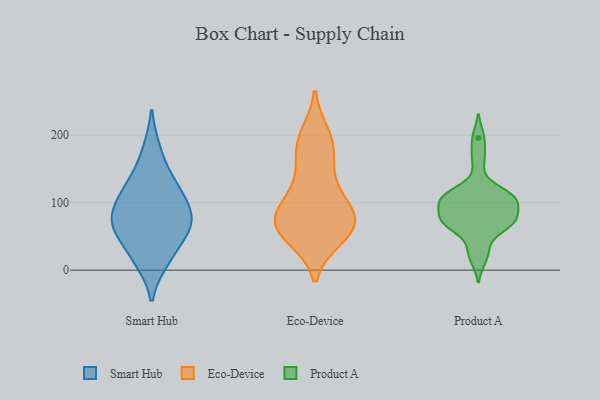
{"axis": {"x": "Production Output", "y": "Value"}, "legend": ["Eco-Device", "Product A", "Smart Hub"], "data": [{"x": "", "y": 56, "type": "Smart Hub"}, {"x": "", "y": 133, "type": "Smart Hub"}, {"x": "", "y": 87, "type": "Smart Hub"}, {"x": "", "y": 62, "type": "Smart Hub"}, {"x": "", "y": 96, "type": "Smart Hub"}, {"x": "", "y": 53, "type": "Smart Hub"}, {"x": "", "y": 12, "type": "Smart Hub"}, {"x": "", "y": 87, "type": "Smart Hub"}, {"x": "", "y": 134, "type": "Smart Hub"}, {"x": "", "y": 64, "type": "Smart Hub"}, {"x": "", "y": 16, "type": "Smart Hub"}, {"x": "", "y": 110, "type": "Smart Hub"}, {"x": "", "y": 180, "type": "Smart Hub"}, {"x": "", "y": 49, "type": "Eco-Device"}, {"x": "", "y": 76, "type": "Eco-Device"}, {"x": "", "y": 79, "type": "Eco-Device"}, {"x": "", "y": 96, "type": "Eco-Device"}, {"x": "", "y": 111, "type": "Eco-Device"}, {"x": "", "y": 176, "type": "Eco-Device"}, {"x": "", "y": 78, "type": "Eco-Device"}, {"x": "", "y": 73, "type": "Eco-Device"}, {"x": "", "y": 166, "type": "Eco-Device"}, {"x": "", "y": 57, "type": "Eco-Device"}, {"x": "", "y": 131, "type": "Eco-Device"}, {"x": "", "y": 61, "type": "Eco-Device"}, {"x": "", "y": 54, "type": "Eco-Device"}, {"x": "", "y": 199, "type": "Eco-Device"}, {"x": "", "y": 195, "type": "Eco-Device"}, {"x": "", "y": 70, "type": "Product A"}, {"x": "", "y": 75, "type": "Product A"}, {"x": "", "y": 17, "type": "Product A"}, {"x": "", "y": 73, "type": "Product A"}, {"x": "", "y": 77, "type": "Product A"}, {"x": "", "y": 64, "type": "Product A"}, {"x": "", "y": 104, "type": "Product A"}, {"x": "", "y": 119, "type": "Product A"}, {"x": "", "y": 68, "type": "Product A"}, {"x": "", "y": 102, "type": "Product A"}, {"x": "", "y": 107, "type": "Product A"}, {"x": "", "y": 94, "type": "Product A"}, {"x": "", "y": 112, "type": "Product A"}, {"x": "", "y": 196, "type": "Product A"}, {"x": "", "y": 164, "type": "Product A"}, {"x": "", "y": 105, "type": "Product A"}, {"x": "", "y": 33, "type": "Product A"}]}